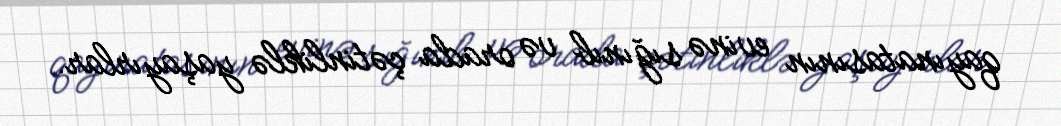
qayınatasının evinə sığınıb və orada çətinliklə yaşayırlar.